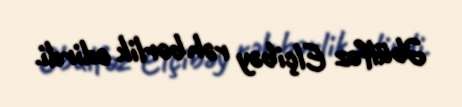
Əbülfəz Elçibəy rəhbərlik edirdi.